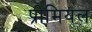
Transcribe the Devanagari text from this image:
प्रीमियल